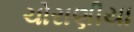
ચોરાણીયા